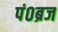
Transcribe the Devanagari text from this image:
पं०ब्रज